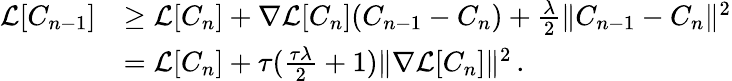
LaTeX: \begin{array}{rl}{\mathcal{L}[C_{n-1}]}&{\geq\mathcal{L}[C_{n}]+\nabla\mathcal{L}[C_{n}](C_{n-1}-C_{n})+\frac{\lambda}{2}\| C_{n-1}-C_{n}\| ^{2}}\\ &{=\mathcal{L}[C_{n}]+\tau(\frac{\tau\lambda}{2}+1)\| \nabla\mathcal{L}[C_{n}]\| ^{2}\, .}\end{array}